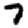
Digit: 7